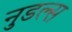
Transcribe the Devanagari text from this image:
नुडल्स